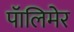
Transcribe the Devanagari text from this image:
पॅालिमेर